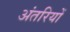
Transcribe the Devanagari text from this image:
अंतरियों